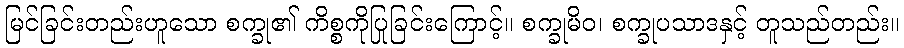
မြင်ခြင်းတည်းဟူသော စက္ခု၏ ကိစ္စကိုပြုခြင်းကြောင့်။ စက္ခုမိဝ၊ စက္ခုပသာဒနှင့် တူသည်တည်း။